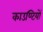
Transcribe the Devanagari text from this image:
काउण्टियों